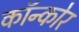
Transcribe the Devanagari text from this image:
कॉन्कोर